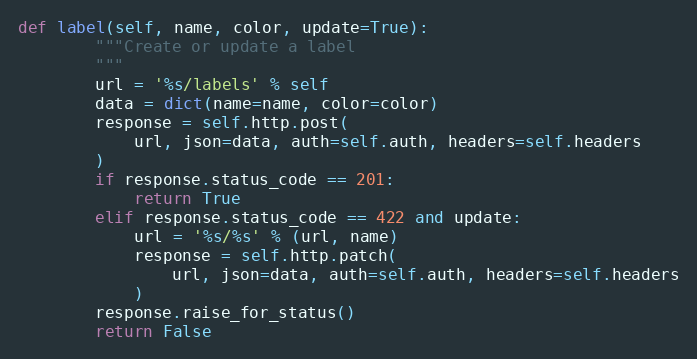
Language: Python
def label(self, name, color, update=True):
        """Create or update a label
        """
        url = '%s/labels' % self
        data = dict(name=name, color=color)
        response = self.http.post(
            url, json=data, auth=self.auth, headers=self.headers
        )
        if response.status_code == 201:
            return True
        elif response.status_code == 422 and update:
            url = '%s/%s' % (url, name)
            response = self.http.patch(
                url, json=data, auth=self.auth, headers=self.headers
            )
        response.raise_for_status()
        return False